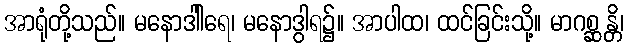
အာရုံတို့သည်။ မနောဒါါရေ၊ မနောဒွါရ၌။ အာပါထ၊ ထင်ခြင်းသို့။ မာဂစ္ဆန္တိ၊